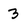
Character: 3